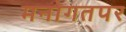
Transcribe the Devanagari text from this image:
मनोगतपर